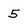
Character: 5